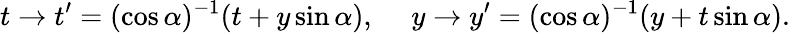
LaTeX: t\to t^{\prime}=(\cos\alpha)^{-1}(t+y\sin\alpha),\ \ \ \ \ y\to y^{\prime}=(\cos\alpha)^{-1}(y+t\sin\alpha).